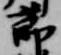
節